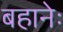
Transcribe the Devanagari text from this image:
बहानेः